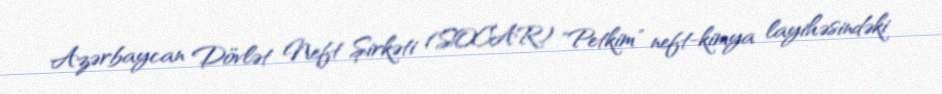
Azərbaycan Dövlət Neft Şirkəti (SOCAR) "Petkim" neft-kimya layihəsindəki